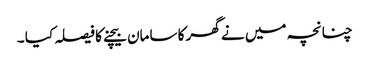
چنانچہ میں نے گھر کا سامان بیچنے کا فیصلہ کیا ۔